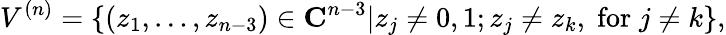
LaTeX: V^{(n)}=\{ (z_{1},\ldots,z_{n-3})\in{\mathbf C}^{n-3}|z_{j}\ne 0,1;z_{j}\ne z_{k},\; \mathrm{for}\; j\ne k\} ,